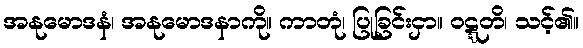
အနုမောဒနံ၊ အနုမောဒနာကို။ ကာတုံ၊ ပြုခြင်းငှာ။ ဝဋ္ဋတိ၊ သင့်၏။